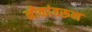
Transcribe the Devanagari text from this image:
नौकांवरून